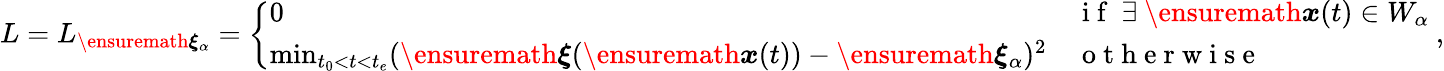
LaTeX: L=L_{\ensuremath{\boldsymbol{\xi}}_{\alpha}}=\left\{ \begin{array}{ll}{0}&{\mathrm{~i~f~}\ \exists\ \ensuremath{\boldsymbol{{x}}}(t)\in W_{\alpha}}\\ {\operatorname*{min}_{t_{0}<t<t_{e}}(\ensuremath{\boldsymbol{\xi}}(\ensuremath{\boldsymbol{{x}}}(t))-\ensuremath{\boldsymbol{\xi}}_{\alpha})^{2}}&{\mathrm{~o~t~h~e~r~w~i~s~e~}}\end{array}\right.\ ,